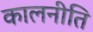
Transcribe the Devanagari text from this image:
कालनीति